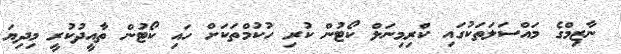
ނާޒިމްގެ މައްސަލަތަކުގައި ކްރިމިނަލް ކޯޓުން ކުރި ހުކުމްތަކަށް ހައި ކޯޓުން ތާއީދުކުރީ މިދިޔަ